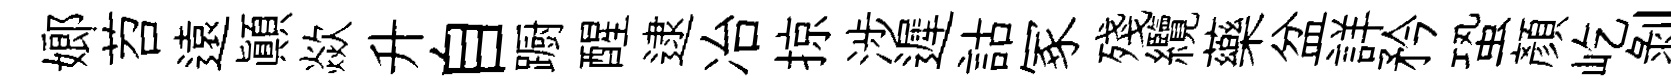
嫏苕遠顛歘升自蹰醒逮冶掠涉遲詁冢殘纜藥盆詳矜蛩顏屹剥